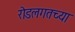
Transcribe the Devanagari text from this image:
रोडलगतच्या